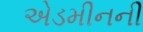
એડમીનની